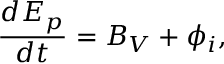
\frac { d E _ { p } } { d t } = B _ { V } + \phi _ { i } ,